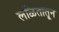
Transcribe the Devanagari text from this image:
लळितातून